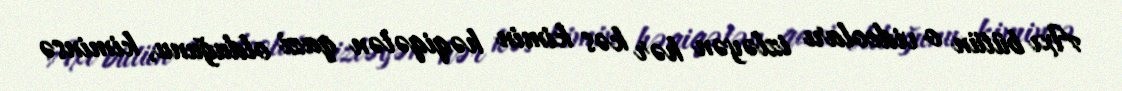
Axı bütün o videoları izləyən hər kəs kimin həqiqətən qazi olduğunu, kiminsə